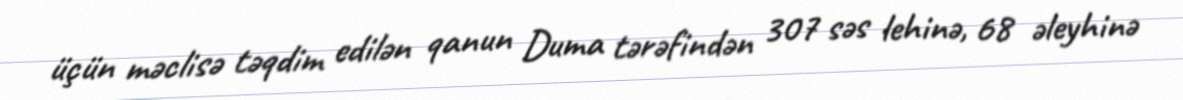
üçün məclisə təqdim edilən qanun Duma tərəfindən 307 səs lehinə, 68 əleyhinə